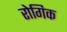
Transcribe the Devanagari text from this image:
रोगिक